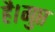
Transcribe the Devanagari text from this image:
है।गुप्त